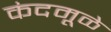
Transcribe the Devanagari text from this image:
कंदमूळे